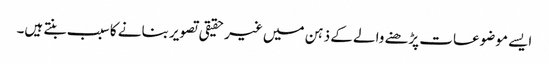
ایسے موضوعات پڑھنے والے کے ذہن میں غیر حقیقی تصویر بنانے کا سبب بنتے ہیں۔